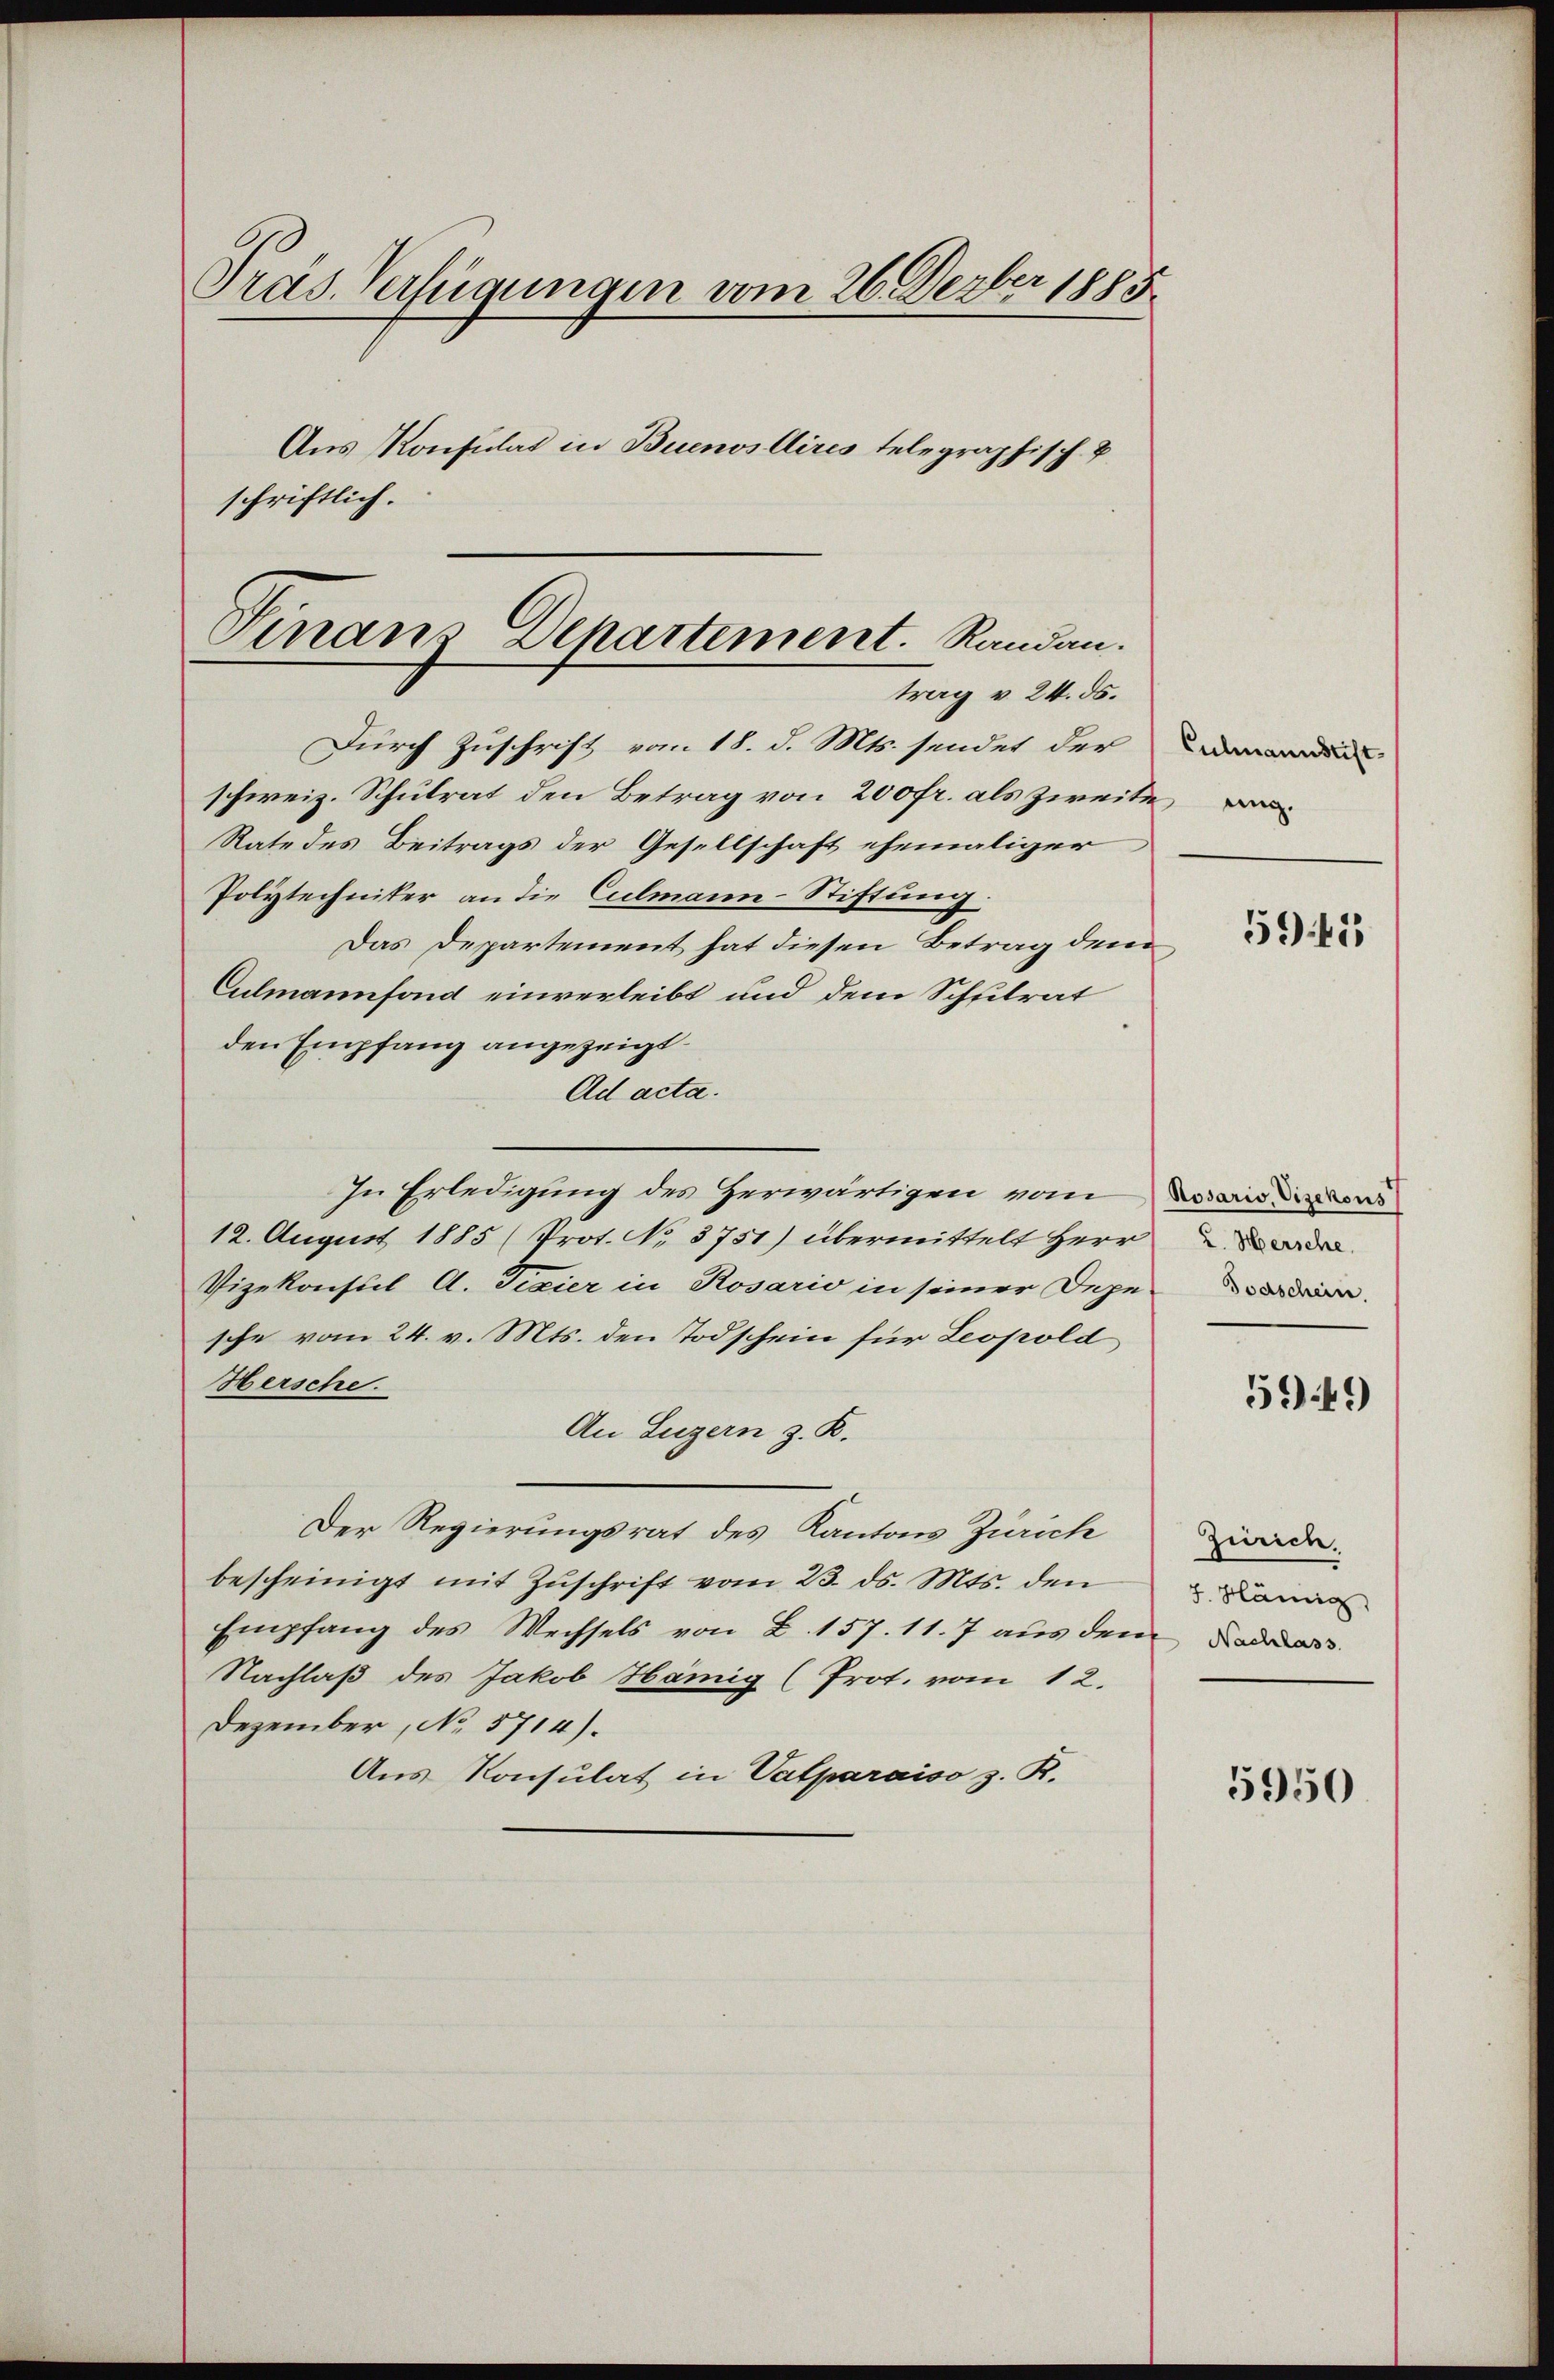
Präs. Verfügungen vom 26. Ferber 1883.
Aus Konsulat in Buenos Aires telegraphisch- &
schriftlich.

Durch Zuschrift vom 18. d. Mts. sendet der
schweiz. Schulrat den Betrag von 200fr. als zweite
Rate des Beitrags der Gesellschaft ehemaliger
Polytechniker an die Culmann-Stiftung
Das Departement hat diesen Betrag dem
Culmannfond einverleibt und dem Schulrat
den Empfang angezeigt.
Ad acta.
In Erledigung des Herwärtigen vom
12. August 1885 (Prot. No. 3751) übermittelt Herr
Vizekonsul A. Fixier in Rosario in seiner Depe
sche vom 24. v. Mts. den Todschein für Leopold
Hersche.
An Luzern z. R.
Der Regierungsrat des Kantons Zürich
bescheinigt mit Zŭschrift vom 23. ds. Mts. den
Empfang des Wechsels von B. 157. 11. 7 aus dem
Nachlaß des Jakob Hämig (Prot. vom 12.
Dezember, No 5714).
Aus Konsulat in Valparaiso z. R.

Sinan Departement. Randau.
trag v. 24. ds.

Culmannstift

5941

Rosaris, Vizekons
2. Hersche.

549)

Zürich.
J. Hännig

5950